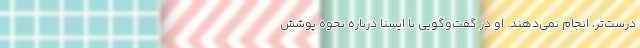
درست‌تر، انجام نمی‌دهند. او در گفت‌وگویی با ایسنا درباره نحوه پوشش